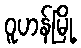
ဝူဟန်မြို့